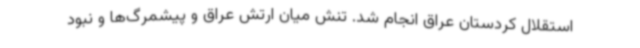
استقلال کردستان عراق انجام شد. تنش میان ارتش عراق و پیشمرگ‌ها و نبود